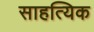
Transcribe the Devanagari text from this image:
साहत्यिक